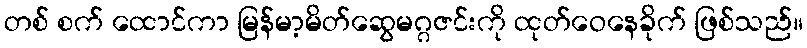
တစ် စက် ထောင်ကာ မြန်မာ့မိတ်ဆွေမဂ္ဂဇင်းကို ထုတ်ဝေနေခိုက် ဖြစ်သည်။